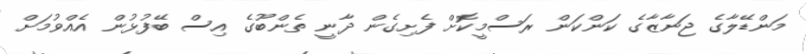
މަންޑޭލާގެ ޖަނާޒާގެ ކަންކަން ރަސްމީކޮށް ފެށިގެން ދާނީ ތެންބޫގެ އިސް ބޭފުޅުން އެއްވުމަށް